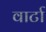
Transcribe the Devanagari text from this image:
वार्टा